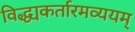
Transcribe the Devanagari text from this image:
विद्ध्यकर्तारमव्ययम्‌